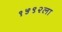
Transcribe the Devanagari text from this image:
१५९२ला